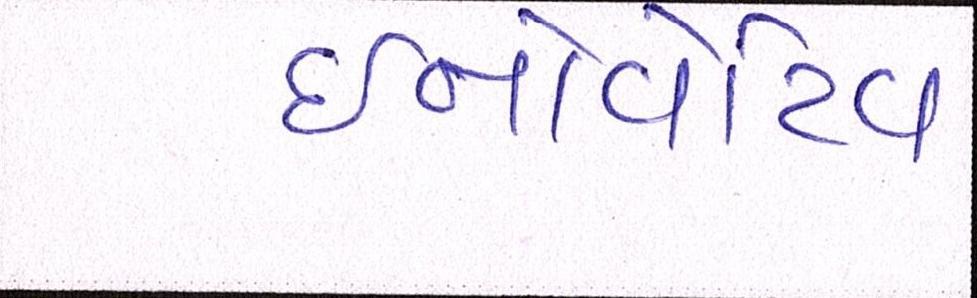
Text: ઇનોવેટિવ